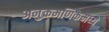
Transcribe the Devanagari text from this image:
अनुक्रमणिकेमध्ये